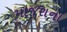
માજરાના